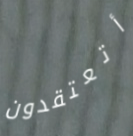
أتعتقدون